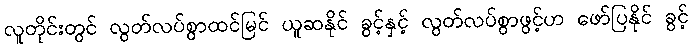
လူတိုင်းတွင် လွတ်လပ်စွာထင်မြင် ယူဆနိုင် ခွင့်နှင့် လွတ်လပ်စွာဖွင့်ဟ ဖော်ပြနိုင် ခွင့်